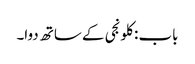
باب : کلونجی کے ساتھ دوا۔